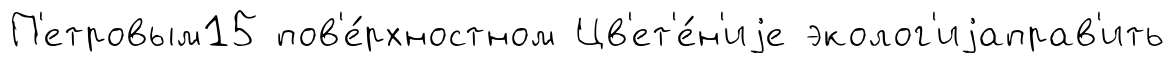
П'етровым15 пов'е́рхностном Цв'ет'е́н'иjе эколог'иjаправ'ить